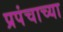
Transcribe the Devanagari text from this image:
प्रपंचाच्या